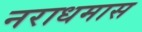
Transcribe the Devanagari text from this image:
नराधमास